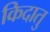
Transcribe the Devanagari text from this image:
किदातु